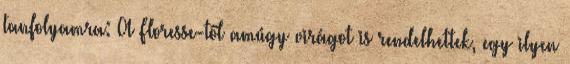
tanfolyamra: A Floresse-től amúgy virágot is rendelhettek, egy ilyen